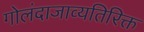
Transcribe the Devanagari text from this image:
गोलंदाजाव्यतिरिक्त